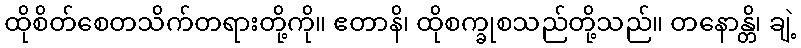
ထိုစိတ်စေတသိက်တရားတို့ကို။ ဧတာနိ၊ ထိုစက္ခုစသည်တို့သည်။ တနောန္တိ၊ ချဲ့